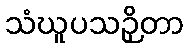
သံဃူပသဉှိတာ